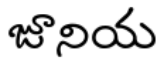
జూనియ